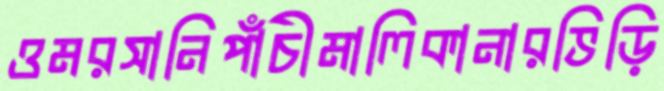
ওমরসানিপাঁচীমালিকানারভিড়ি